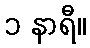
၁ နာရီ။